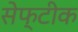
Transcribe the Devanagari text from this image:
सेफ्टीक